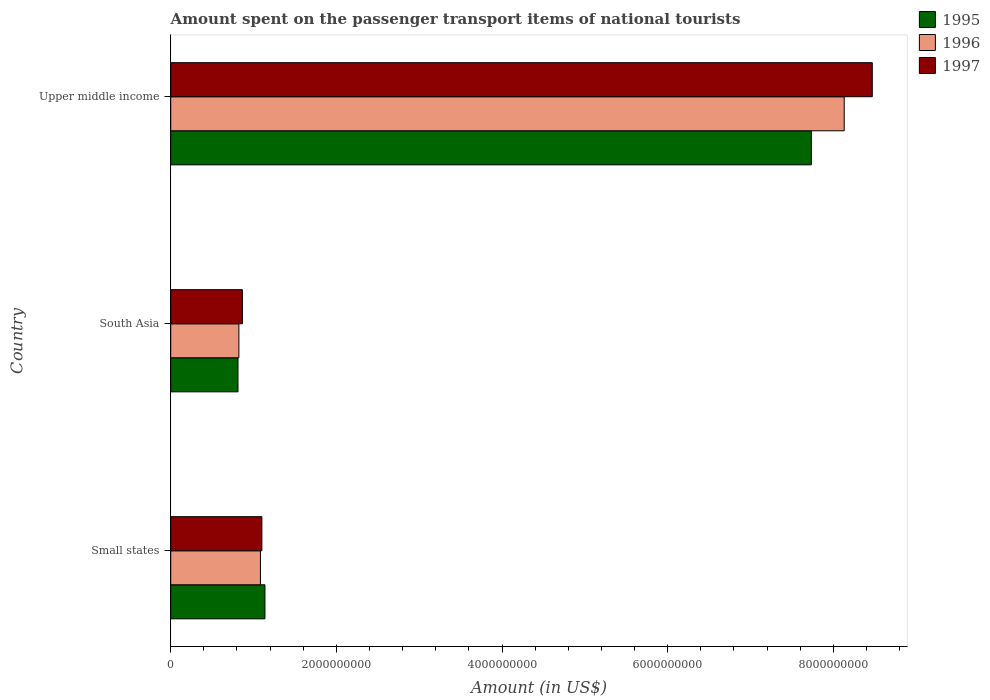
| Country | 1995 | 1996 | 1997 |
 | --- | --- | --- | --- |
 | Small states | 1.14e+09 | 1.08e+09 | 1.1e+09 |
 | South Asia | 8.12e+08 | 8.23e+08 | 8.66e+08 |
 | Upper middle income | 7.73e+09 | 8.13e+09 | 8.47e+09 |